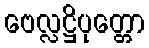
ဗေလ္လဋ္ဌိပုတ္တော